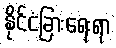
နိုင်ငံခြားရေးရာ